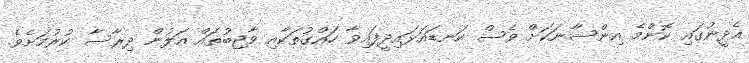
އެދީނުގައި ކޮންމެ އިންސާނަކަށް ވެސް ކަނޑައަޅައިދީފައިވާ ހައްގުތަކާއި ވާޖިބުތައް އަލުން ދިރާސާ ކުރުމަށެވެ.